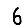
Digit: 6